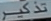
تذکر